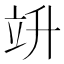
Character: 竔